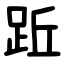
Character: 䟬